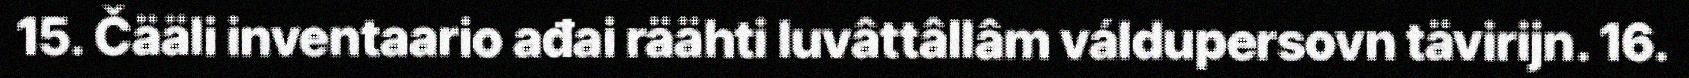
15. Čääli inventaario ađai räähti luvâttâllâm váldupersovn tävirijn. 16.